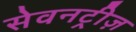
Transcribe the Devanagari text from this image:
सेवनट्रीज़